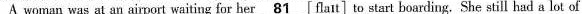
A woman was at an airport waiting for her \underline{81}\[flait] to start boarding. She still had a lot